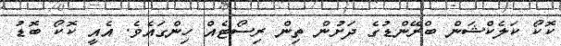
ކޮކޯ ކަލެކްޝަން ބްރޭންޑުގެ ދަށުން ތިން ރިސޯޓެއް ހިންގައެވެ. އެއީ ކޮކޯ ބޮޑު